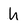
Character: h